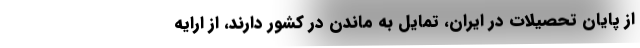
از پایان تحصیلات در ایران، تمایل به ماندن در کشور دارند، از ارایه